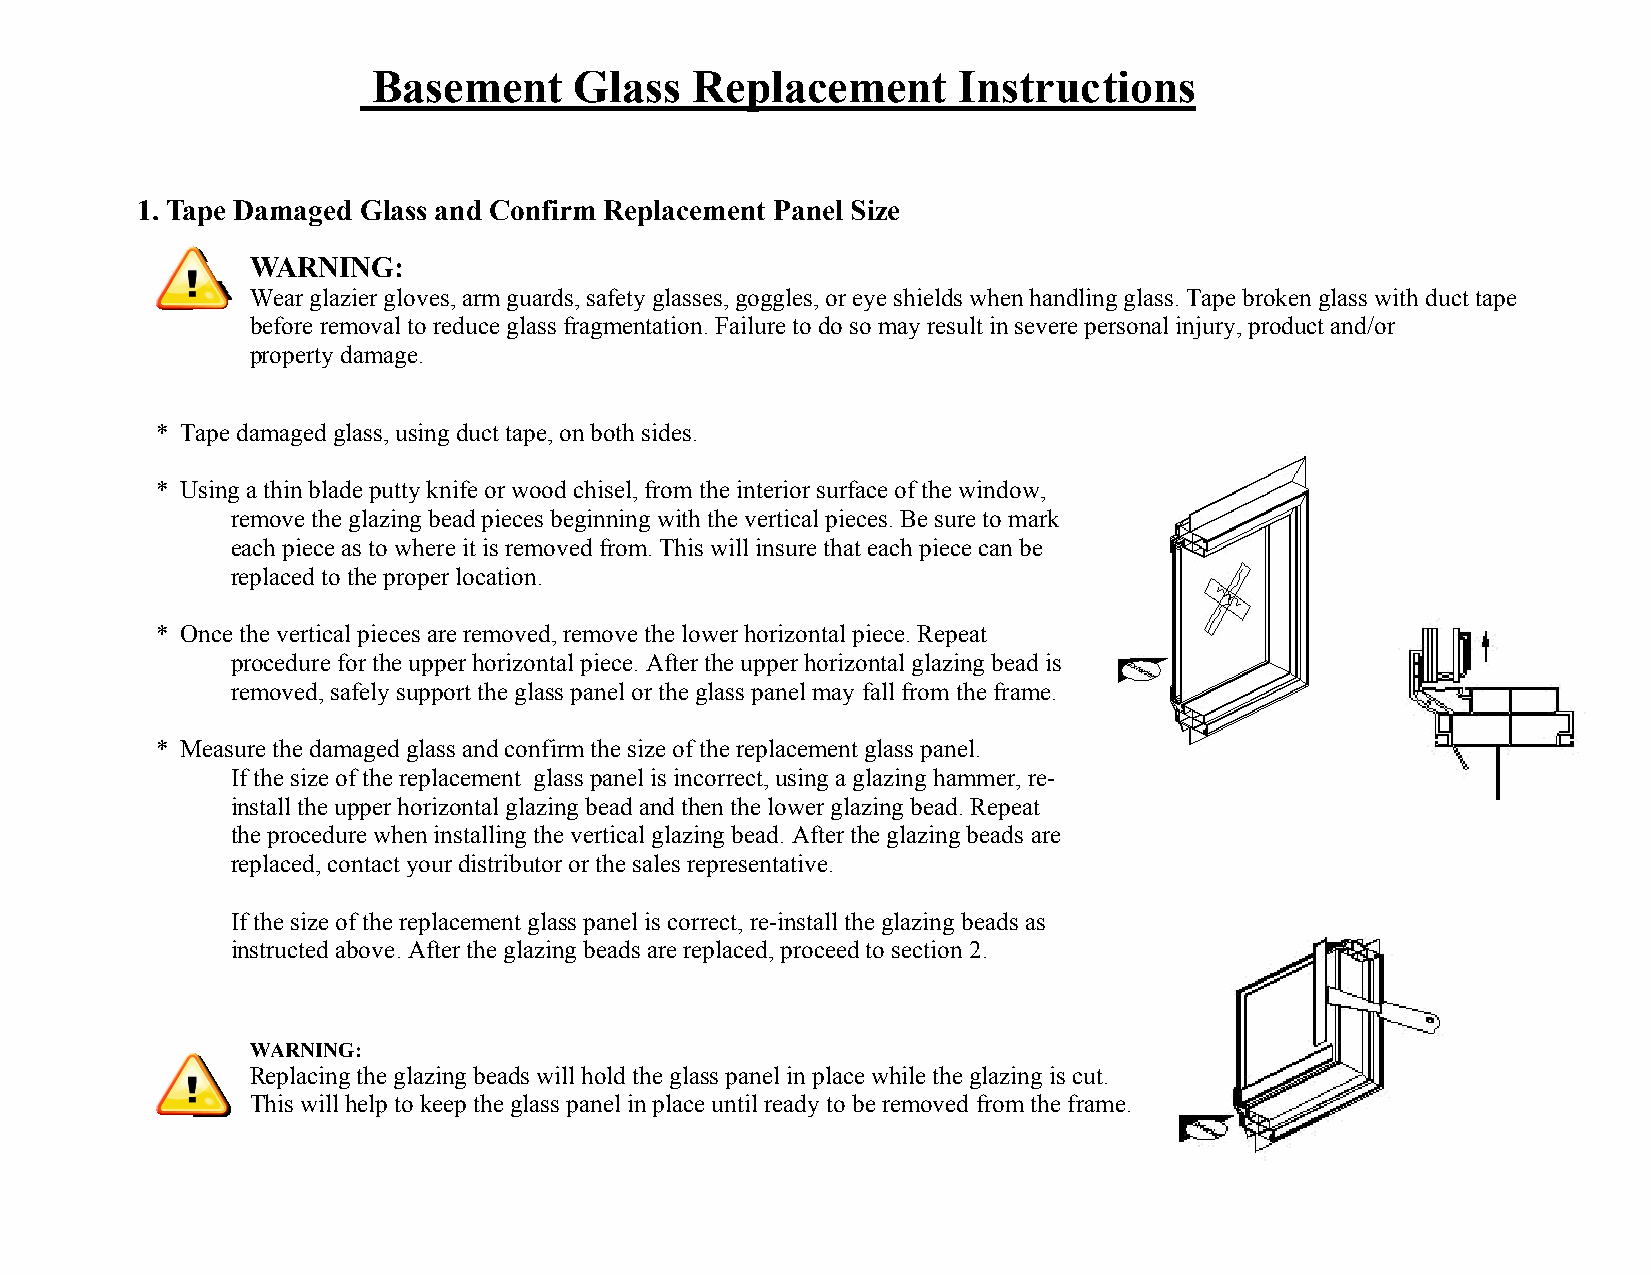
Basement     Glass   Replacement      Instructions
 1. Tape Damaged Glass and Confirm Replacement Panel Size
 WARNING:
 Wear glazier gloves, arm guards, safety glasses, goggles, or eye shields when handling glass. Tape broken glass with duct tape
 before removal to reduce glass fragmentation. Failure to do so may result in severe personal injury, product and/or
 property damage.
 * Tape damaged glass, using duct tape, on both sides.
 * Using a thin blade putty knife or wood chisel, from the interior surface of the window,
 remove the glazing bead pieces beginning with the vertical pieces. Be sure to mark
 each piece as to where it is removed from. This will insure that each piece can be
 replaced to the proper location.
 * Once the vertical pieces are removed, remove the lower horizontal piece. Repeat
 procedure for the upper horizontal piece. After the upper horizontal glazing bead is
 removed, safely support the glass panel or the glass panel may fall from the frame.
 * Measure the damaged glass and confirm the size of the replacement glass panel.
 If the size of the replacement glass panel is incorrect, using a glazing hammer, re-
 install the upper horizontal glazing bead and then the lower glazing bead. Repeat
 the procedure when installing the vertical glazing bead. After the glazing beads are
 replaced, contact your distributor or the sales representative.
 If the size of the replacement glass panel is correct, re-install the glazing beads as
 instructed above. After the glazing beads are replaced, proceed to section 2.
 WARNING:
 Replacing the glazing beads will hold the glass panel in place while the glazing is cut.
 This will help to keep the glass panel in place until ready to be removed from the frame.